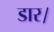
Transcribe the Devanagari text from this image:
डार।